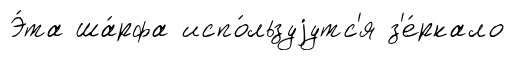
Э́та ша́рфа испо́льзуjутс'я з'е́ркало